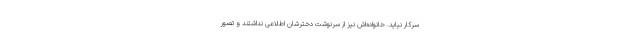
سرکار نیاید. خانواده‌اش نیز از سرنوشت دخترشان اطلاعی نداشتند و تصور